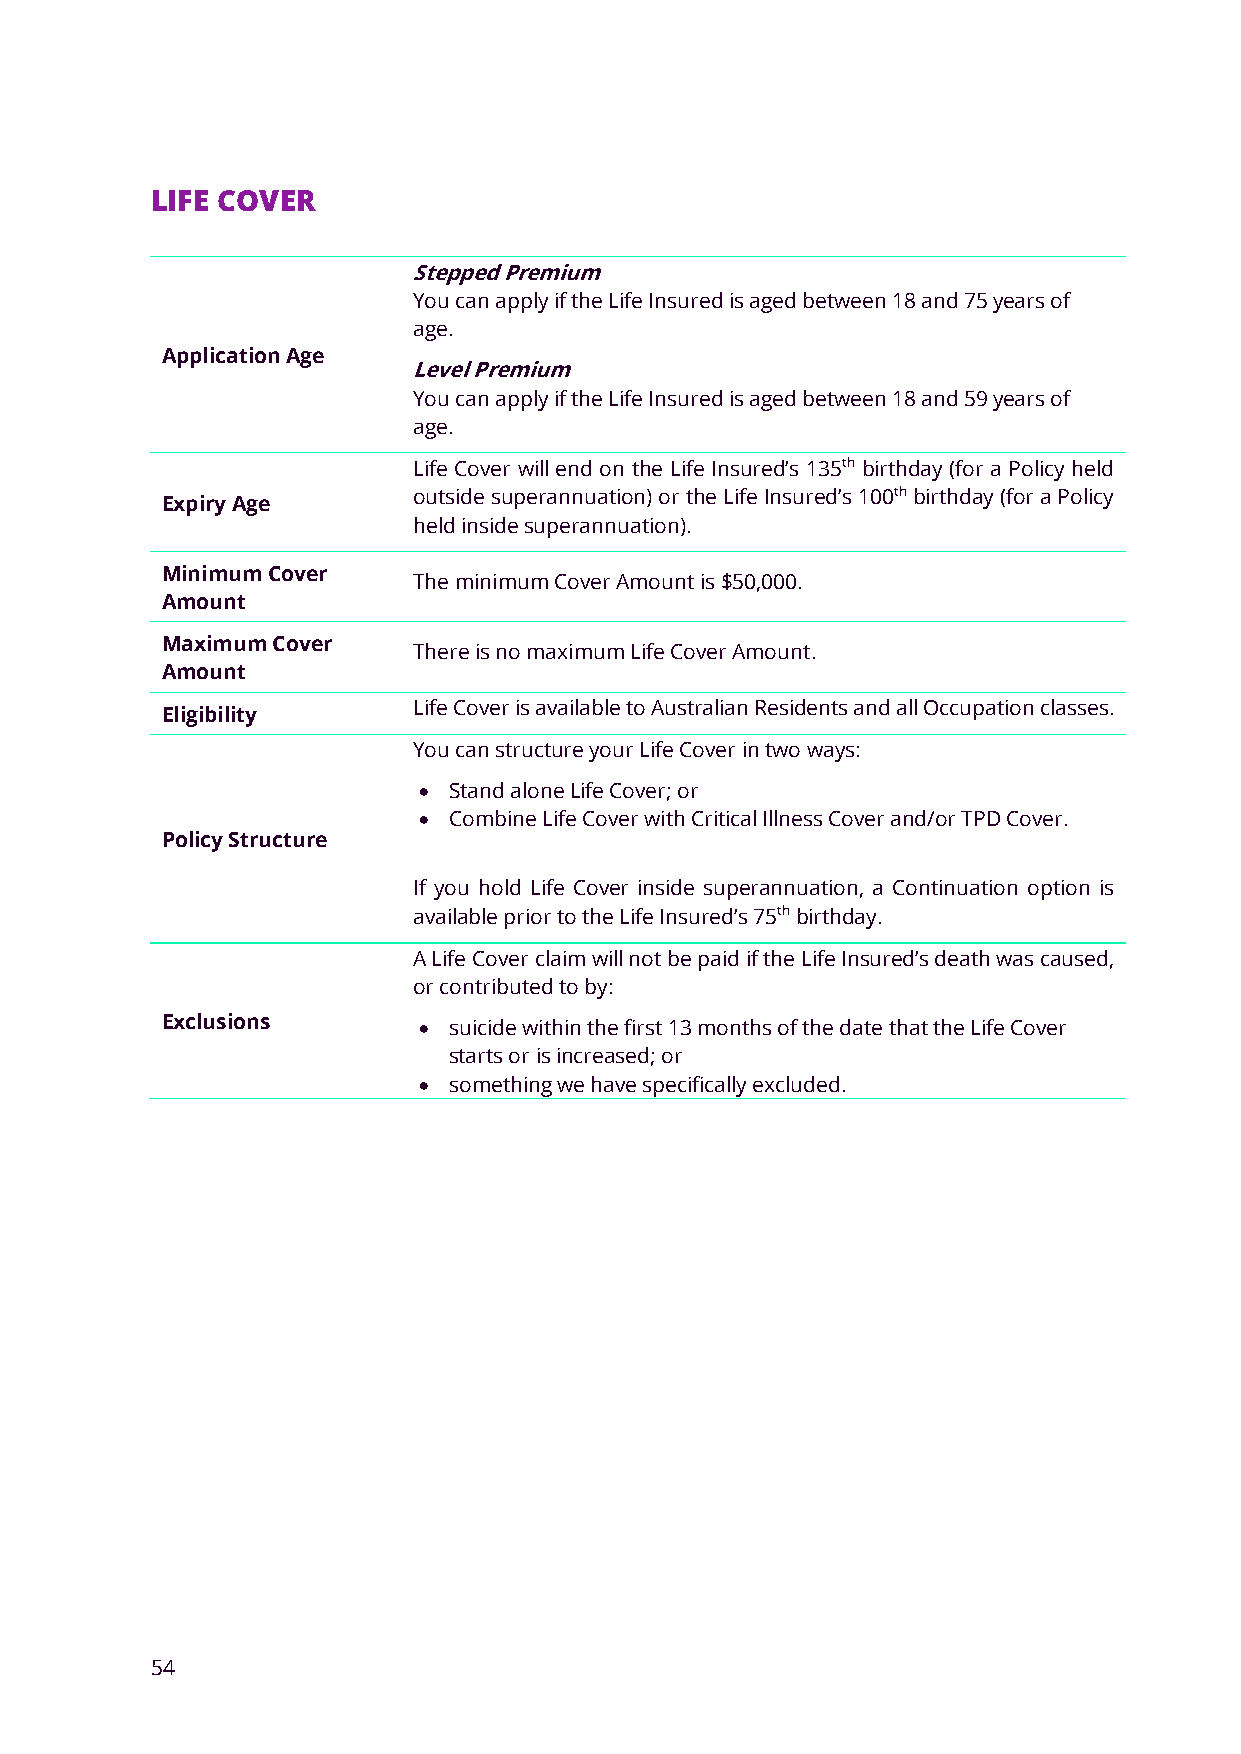
LIFE COVER
 Stepped Premium
 You can apply if the Life Insured is aged between 18 and 75 years of
 age.
 Application Age
 Level Premium
 You can apply if the Life Insured is aged between 18 and 59 years of
 age.
 Life Cover will end on the Life Insured’s 135th birthday (for a Policy held
 outside superannuation) or the Life Insured’s 100th birthday (for a Policy
 Expiry Age
 held inside superannuation).
 Minimum Cover
 The minimum Cover Amount is $50,000.
 Amount
 Maximum Cover
 There is no maximum Life Cover Amount.
 Amount
 Life Cover is available to Australian Residents and all Occupation classes.
 Eligibility
 You can structure your Life Cover in two ways:
 • Stand alone Life Cover; or
 • Combine Life Cover with Critical Illness Cover and/or TPD Cover.
 Policy Structure
 If you hold Life Cover inside superannuation, a Continuation option is
 available prior to the Life Insured’s 75th birthday.
 A Life Cover claim will not be paid if the Life Insured’s death was caused,
 or contributed to by:
 Exclusions       • suicide within the first 13 months of the date that the Life Cover
 starts or is increased; or
 • something we have specifically excluded.
 54